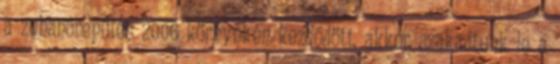
a zuhanórepülés 2006 környékén kezdődött, akkor szakadtunk le a